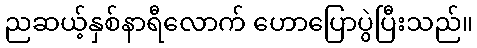
ညဆယ့်နှစ်နာရီလောက် ဟောပြောပွဲပြီးသည်။